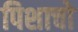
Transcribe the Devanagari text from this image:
पिशाचो